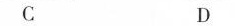
C D